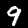
Digit: 9